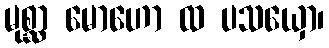
မုစ္ဆာ မောဟော ထ ပသယှော၊